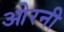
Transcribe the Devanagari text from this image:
ओरनी